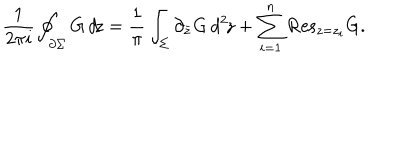
\frac { 1 } { 2 \pi i } \oint _ { \partial \Sigma } G \, d \! z = \frac { 1 } { \pi } \int _ { \Sigma } \partial _ { \bar { z } } G \, d ^ { 2 } \! z + \sum _ { i = 1 } ^ { n } \mathrm { R e s } _ { z = z _ { i } } G .